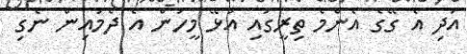
އަދި އެ ގޭގެ އެންމެ ތިރީގައި އުޅޭ މީހުން އެ ދެމައިން ނެގި